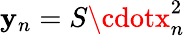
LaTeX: \mathbf{y}_{n}=S\cdotx_{n}^{2}